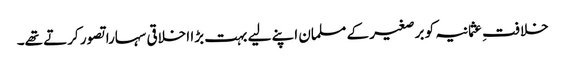
خلافتِ عثمانیہ کو برصغیر کے مسلمان اپنے لیے بہت بڑا اخلاقی سہارا تصور کرتے تھے۔